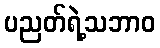
ပညတ်ရဲ့သဘာဝ